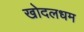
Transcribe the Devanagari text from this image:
खोदलधम